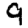
Digit: 9